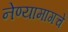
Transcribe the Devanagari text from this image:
नेण्यामागचे